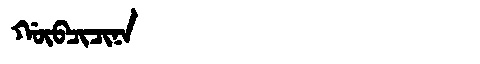
Manchu: ᡤᡡᠪᠴᡳᠴᡳᠨᠠ
Romanization: GŪBCICINA